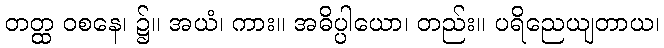
တတ္ထ ဝစနေ၊ ၌။ အယံ၊ ကား။ အဓိပ္ပါယော၊ တည်း။ ပရိညေယျတာယ၊